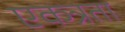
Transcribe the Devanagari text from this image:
एकत्रता